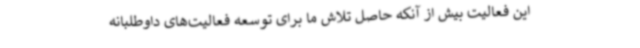
این فعالیت بیش از آنکه حاصل تلاش ما برای توسعه فعالیت‌های داوطلبانه